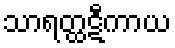
သာရတ္ထဋီကာယ